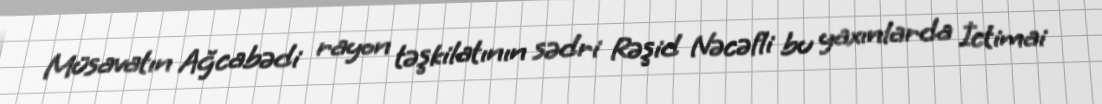
Müsavatın Ağcabədi rayon təşkilatının sədri Rəşid Nəcəfli bu yaxınlarda İctimai